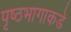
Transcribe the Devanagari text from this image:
पृष्ठभागाकडे